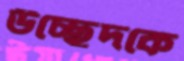
উচ্ছেদকে